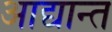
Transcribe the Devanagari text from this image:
आद्यान्त